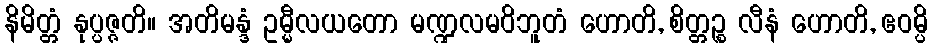
နိမိတ္တံ နုပ္ပဇ္ဇတိ။ အတိမန္ဒံ ဥမ္မီလယတော မဏ္ဍလမဝိဘူတံ ဟောတိ, စိတ္တဉ္စ လီနံ ဟောတိ, ဧဝမ္ပိ